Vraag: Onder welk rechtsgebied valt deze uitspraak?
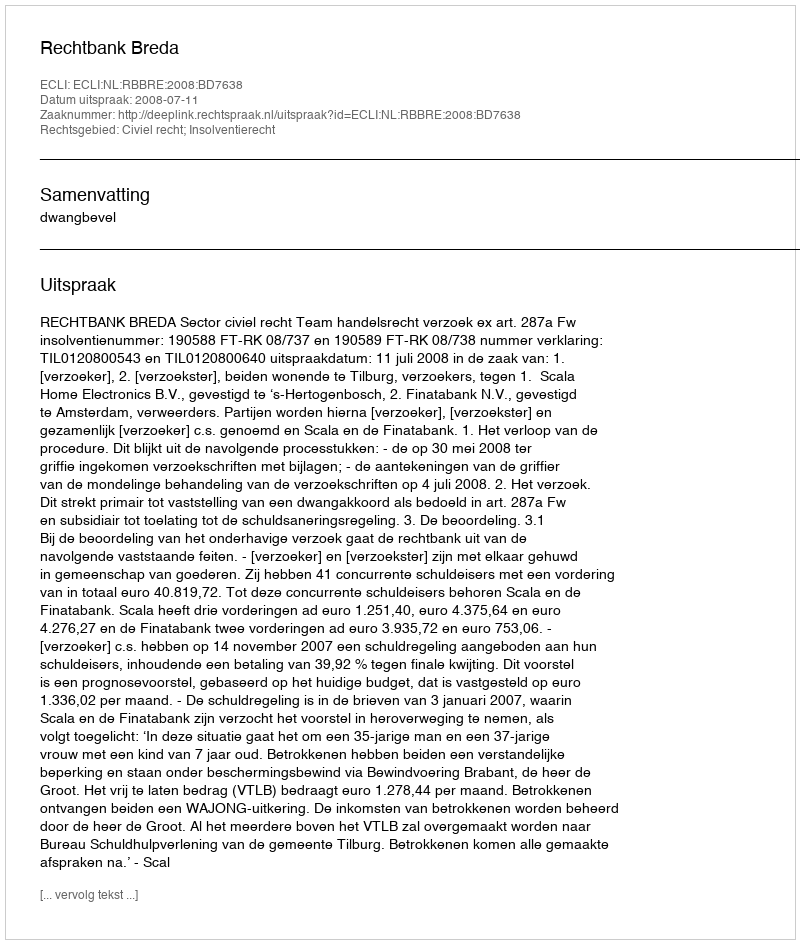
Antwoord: Civiel recht; Insolventierecht